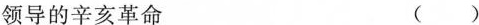
领导的辛亥革命 ( )